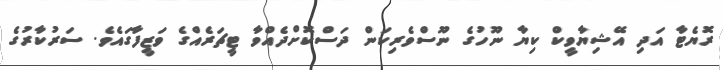
ރޮޔެޓާ އަދި އޭޝިޔާވީކް ކިޔާ ނޫހުގެ ނޫސްވެރިކަން ދަސްކޮށްދެއްވާ ޓީޗަރެއްގެ ވަޒީފާގައެވެ. ސަރުކާރުގެ